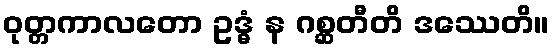
ဝုတ္တကာလတော ဥဒ္ဓံ န ဂစ္ဆတီတိ ဒဿေတိ။